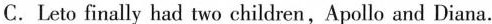
C.Leto finally had two children,Apollo and Diana.